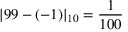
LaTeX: | 9 9 - ( - 1 ) | _ { 1 0 } = { \frac { 1 } { 1 0 0 } }